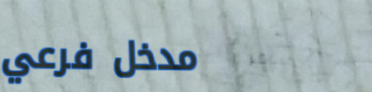
مدخل فرعي